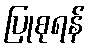
ပြုစုရန်